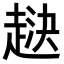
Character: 𧻯